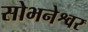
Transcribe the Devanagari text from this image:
सोभनेश्वर